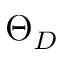
\Theta _ { D }